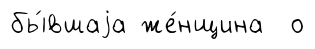
бы́вшаjа же́нщина о